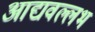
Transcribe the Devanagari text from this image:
आद्यवल्लभ